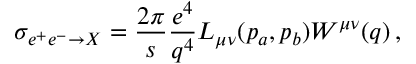
\sigma _ { e ^ { + } e ^ { - } \rightarrow X } = \frac { 2 \pi } { s } \frac { e ^ { 4 } } { q ^ { 4 } } L _ { \mu \nu } ( p _ { a } , p _ { b } ) W ^ { \mu \nu } ( q ) \, ,